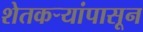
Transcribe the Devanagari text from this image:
शेतकऱ्यांपासून